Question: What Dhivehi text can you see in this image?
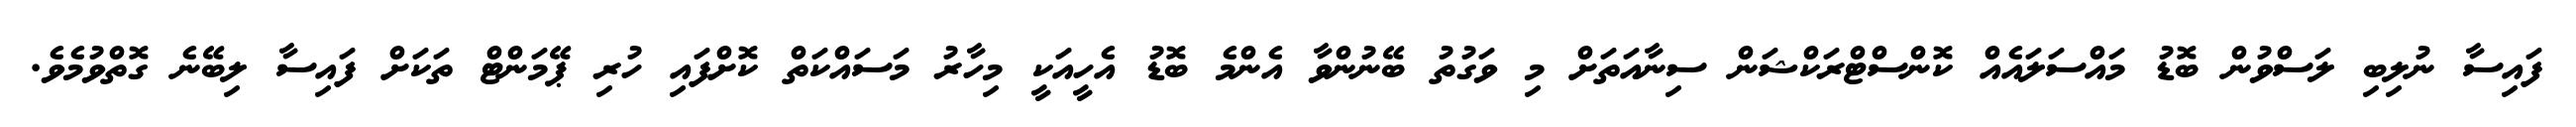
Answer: ފައިސާ ނުލިބި ލަސްވުން ބޮޑު މައްސަލައެއް ކޮންސްޓްރަކްޝަން ސިނާއަތަށް މި ވަގުތު ބޭނުންވާ އެންމެ ބޮޑު އެހީއަކީ މިހާރު މަސައްކަތް ކޮށްފައި ހުރި ޕޭމަންޓް ތަކަށް ފައިސާ ލިބޭނެ ގޮތްވުމެވެ.